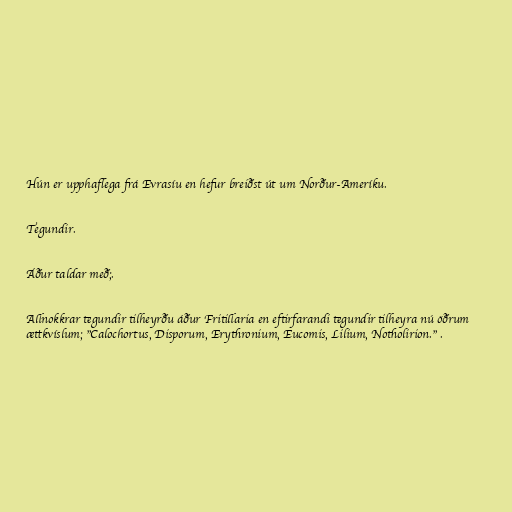
Hún er upphaflega frá Evrasíu en hefur breiðst út um Norður-Ameríku.

Tegundir.

Áður taldar með;.

Allnokkrar tegundir tilheyrðu áður Fritillaria en eftirfarandi tegundir tilheyra nú öðrum
ættkvíslum; "Calochortus, Disporum, Erythronium, Eucomis, Lilium, Notholirion." .